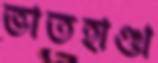
ভাতহাণ্ডা